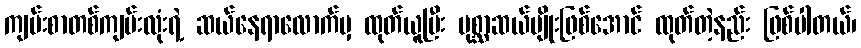
ကျမ်းစာတစ်ကျမ်းလုံးရဲ့ ဆယ်နေရာလောက်မှ ထုတ်ယူပြီး ပုစ္ဆာဆယ်မျိုးဖြစ်အောင် ထုတ်တဲ့နည်း ဖြစ်ပါတယ်၊